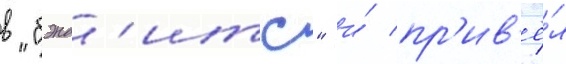
в "бэнд'итс" и́ пр'ив'ё́л